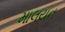
માલયન